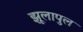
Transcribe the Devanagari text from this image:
झूलापुल